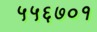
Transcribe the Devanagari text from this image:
५५६७०१